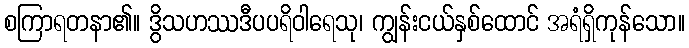
စကြာရတနာ၏။ ဒွိသဟဿဒီပပရိဝါရေသု၊ ကျွန်းငယ်နှစ်ထောင် အရံရှိကုန်သော။